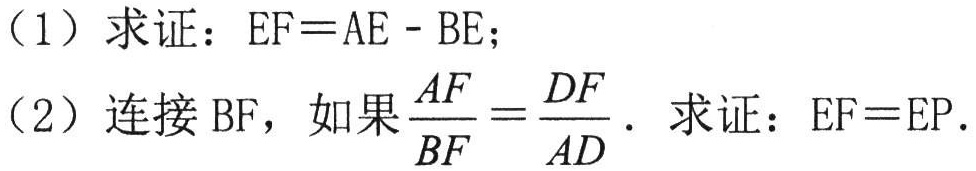
（1）求证：\(EF = AE - BE\)；
（2）连接\(BF\)，如果\(\frac{AF}{BF}=\frac{DF}{AD}\)．求证：\(EF = EP\)．